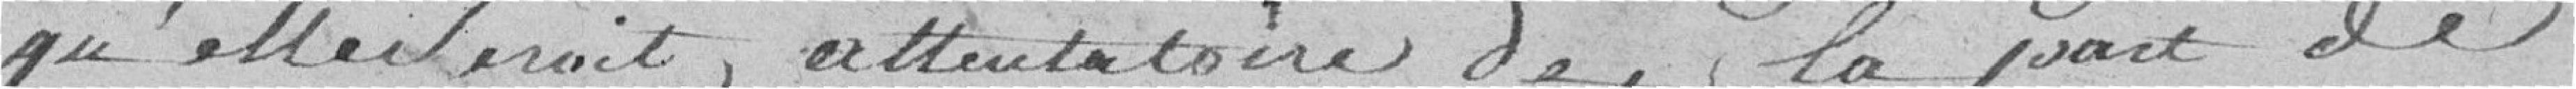
qu'elle serait attentatoire de la part de